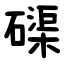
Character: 磲